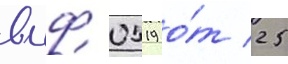
вмф 0519 о́т 25